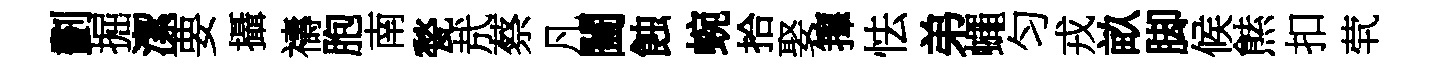
劃掘潔要攝禱胞南甃㢤蔡凡闔蝕蜿拾娶籜怯弟蠅匀戎畝脚候㷱扣茕